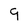
Character: 9